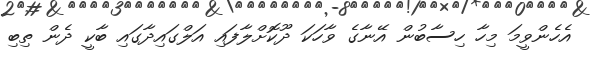
އެހެންވީމަ މިހާ ހިސާބުން އޭނާގެ ވާހަކަ ދޫކޮށްލާފައި އަލްގައިދާގައި ބާކީ ދެން ތިބި